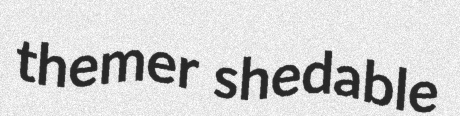
themer shedable